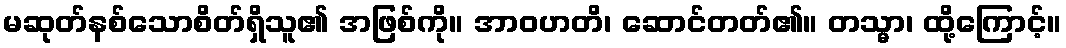
မဆုတ်နစ်သောစိတ်ရှိသူ၏ အဖြစ်ကို။ အာဝဟတိ၊ ဆောင်တတ်၏။ တသ္မာ၊ ထို့ကြောင့်။